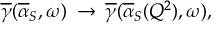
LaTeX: \overline { { { \gamma } } } ( \overline { { { \alpha } } } _ { S } , \omega ) \: \rightarrow \: \overline { { { \gamma } } } ( \overline { { { \alpha } } } _ { S } ( Q ^ { 2 } ) , \omega ) ,